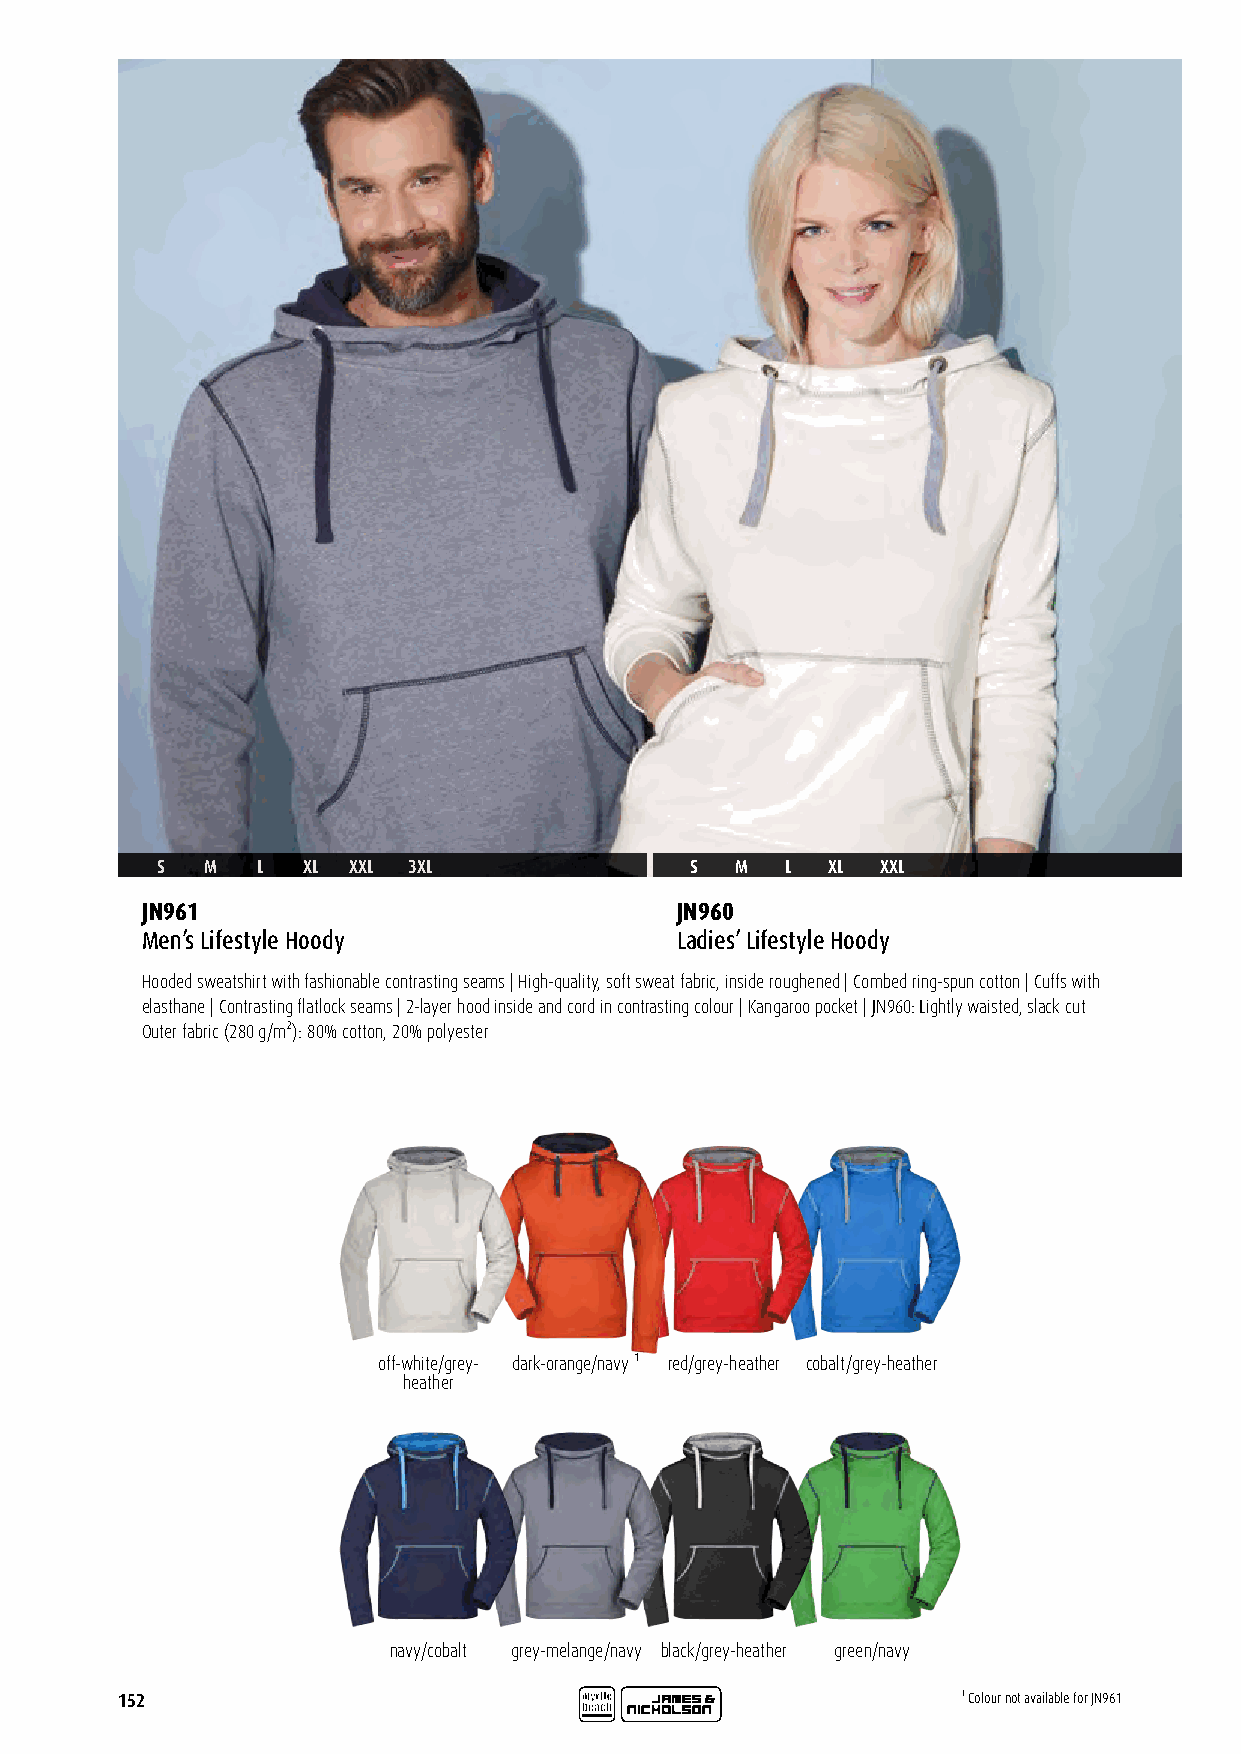
S   M  L  XL XXL 3XL                S  M  L  XL XXL
 JN961                               JN960
 Men’s Lifestyle Hoody               Ladies’ Lifestyle Hoody
 Hooded sweatshirt with fashionable contrasting seams | High-quality, soft sweat fabric, inside roughened | Combed ring-spun cotton | Cuffs with
 elasthane | Contrasting flatlock seams | 2-layer hood inside and cord in contrasting colour | Kangaroo pocket | JN960: Lightly waisted, slack cut
 Outer fabric (280 g/m²): 80% cotton, 20% polyester
 off-white/grey- dark-orange/navy ¹ red/grey-heather cobalt/grey-heather
 heather
 navy/cobalt grey-melange/navy black/grey-heather green/navy
 152                                                     ¹ Colour not available for JN961